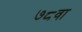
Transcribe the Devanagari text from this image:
७८वा